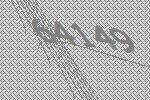
64149